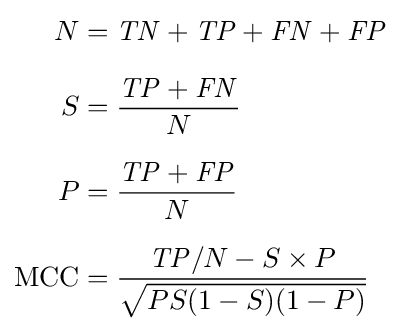
{\begin{aligned}N&={\mathit {TN}}+{\mathit {TP}}+{\mathit {FN}}+{\mathit {FP}}\\[6pt]S&={\frac {{\mathit {TP}}+{\mathit {FN}}}{N}}\\[6pt]P&={\frac {{\mathit {TP}}+{\mathit {FP}}}{N}}\\[6pt]{\text{MCC}}&={\frac {{\mathit {TP}}/N-S\times P}{\sqrt {PS(1-S)(1-P)}}}\end{aligned}}